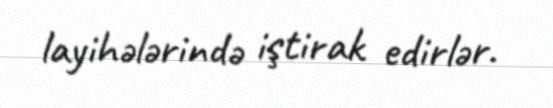
layihələrində iştirak edirlər.